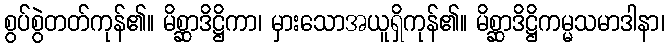
စွပ်စွဲတတ်ကုန်၏။ မိစ္ဆာဒိဋ္ဌိကာ၊ မှားသောအယူရှိကုန်၏။ မိစ္ဆာဒိဋ္ဌိကမ္မသမာဒါနာ၊